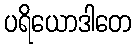
ပရိယောဒါတေ